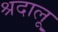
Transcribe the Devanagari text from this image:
श्रदालू